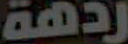
ردهة